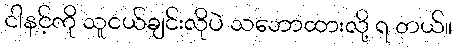
ငါနင့်ကို သူငယ်ချင်းလိုပဲ သဘောထားလို့ ရ တယ်။